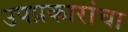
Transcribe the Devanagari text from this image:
उपप्रकारांचा